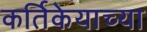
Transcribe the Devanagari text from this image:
कर्तिकेयाच्या